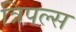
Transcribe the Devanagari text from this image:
त्रिपल्स